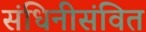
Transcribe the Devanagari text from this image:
संधिनीसंवित